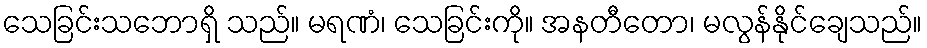
သေခြင်းသဘောရှိ သည်။ မရဏံ၊ သေခြင်းကို။ အနတီတော၊ မလွန်နိုင်ချေသည်။